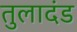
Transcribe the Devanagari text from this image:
तुलादंड